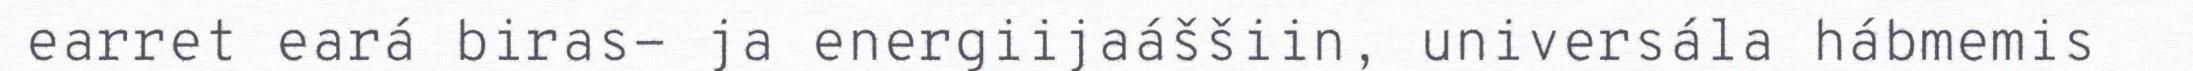
earret eará biras- ja energiijaáššiin, universála hábmemis